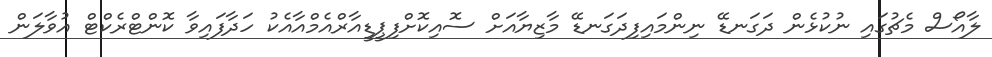
ލާއޯސް މެޗުގައި ނުކުޅެން ދަގަނޑޭ ނިންމައިފިދަގަނޑޭ މާޒިޔާއަށް ސޮއިކޮށްފިޕީޑީއާރްއެމްއާއެކު ހަދާފައިވާ ކޮންޓްރެކްޓް އުވާލަން